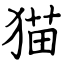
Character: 猫